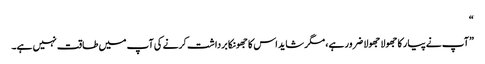
“
”آپ نے پیار کا جھولا جھولا ضرور ہے، مگر شاید اس کا جھونکا برداشت کرنے کی آپ میں طاقت نہیں ہے۔